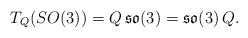
\begin{align*} T_Q(SO(3))=Q\,\mathfrak{so}(3) = \mathfrak{so}(3)\,Q.\end{align*}